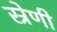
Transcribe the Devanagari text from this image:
स्रेणी